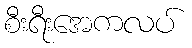
စီးရီးအေကလပ်